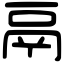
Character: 鬲